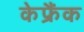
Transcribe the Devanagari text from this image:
केफ्रैंक